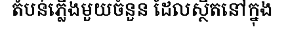
តំបន់ភ្លើងមួយចំនួន ដែលស្ថិតនៅក្នុង